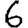
Digit: 6